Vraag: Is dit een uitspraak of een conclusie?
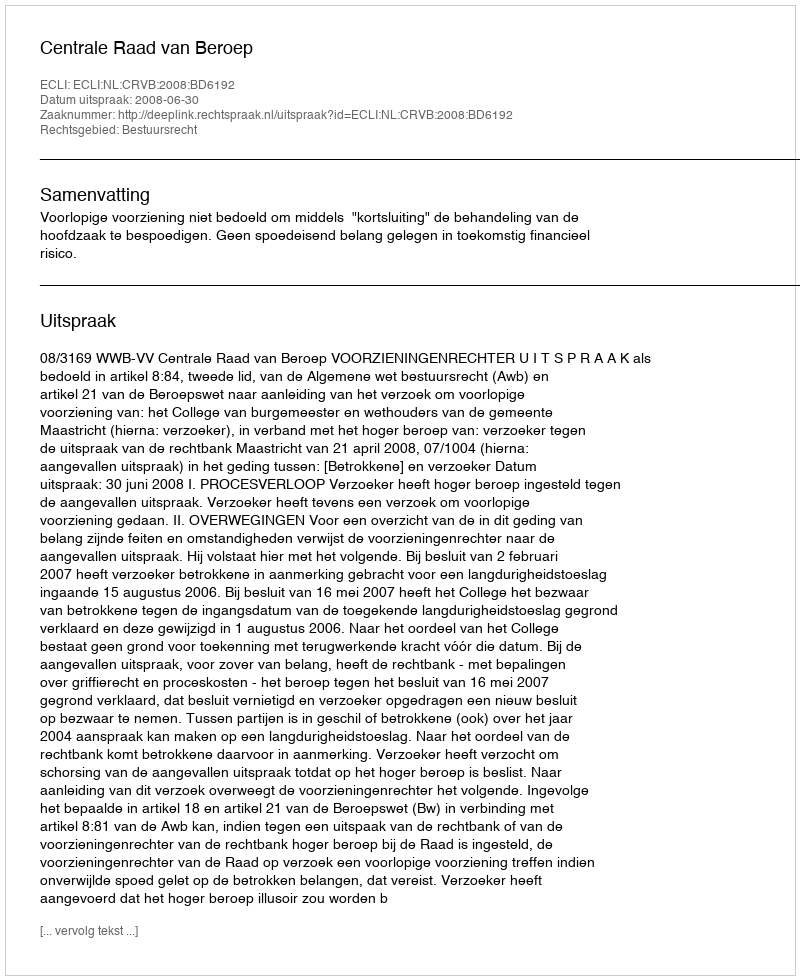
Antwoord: Uitspraak